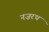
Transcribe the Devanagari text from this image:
नज़रथ